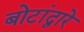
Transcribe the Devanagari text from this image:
बोटांद्वारे